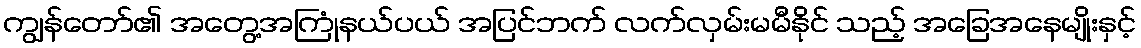
ကျွန်တော်၏ အတွေ့အကြုံနယ်ပယ် အပြင်ဘက် လက်လှမ်းမမီနိုင် သည့် အခြေအနေမျိုးနှင့်